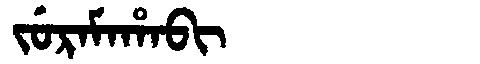
Manchu: ᠵᡠᡵᠠᠮᠠᡥᠠᠪᡳ
Romanization: JURAMAHABI